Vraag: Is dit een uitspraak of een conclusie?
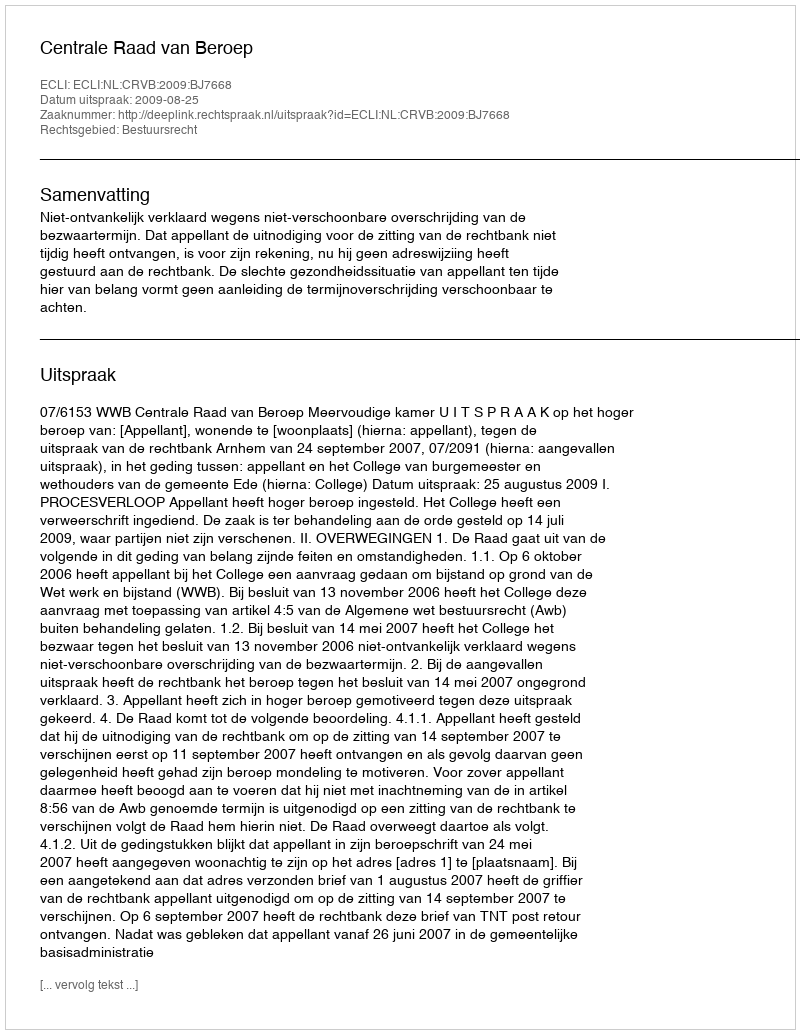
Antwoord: Uitspraak